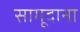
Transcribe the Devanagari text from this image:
सागूदाना